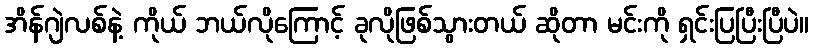
အိန်ဂျဲလစ်နဲ့ ကိုယ် ဘယ်လိုကြောင့် ခုလိုဖြစ်သွားတယ် ဆိုတာ မင်းကို ရှင်းပြပြီးပြီပဲ။